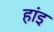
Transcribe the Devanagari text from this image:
हांइ